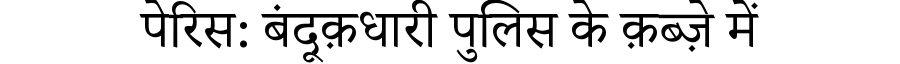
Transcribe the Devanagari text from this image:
पेरिस: बंदूक़धारी पुलिस के क़ब्ज़े में